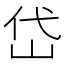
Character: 岱